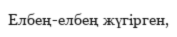
Елбең-елбең жүгірген,